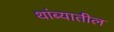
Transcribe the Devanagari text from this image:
थांब्यातील